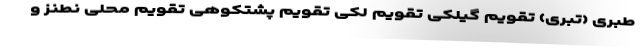
طبری (تبری) تقویم گیلکی تقویم لکی تقویم پشتکوهی تقویم محلی نطنز و